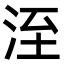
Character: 洷